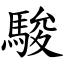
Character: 駿